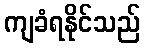
ကျခံရနိုင်သည်